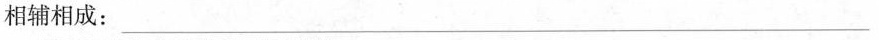
相辅相成：___